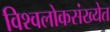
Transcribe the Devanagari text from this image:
विश्वलोकसंख्येत